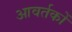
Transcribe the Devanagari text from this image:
आवर्तकों